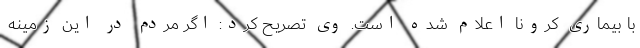
با بیماری کرونا اعلام شده است. وی تصریح کرد: اگر مردم در این زمینه